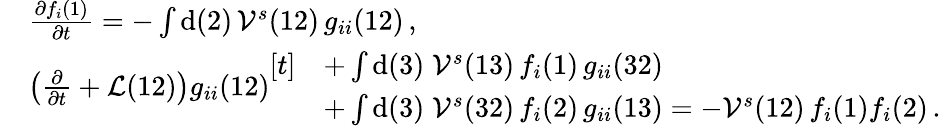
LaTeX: \begin{array}{rl}&{\frac{\partial f_{i}(1)}{\partial t}=-\int\mathrm{d}(2)\, \mathcal{V}^{s}(12)\, g_{ii}(12)\, ,}\\ &{\left(\frac{\partial}{\partial t}+\mathcal{L}(12)\right)g_{ii}(12)\begin{array}{rl}{[t]}&{+\int\mathrm{d}(3)\; \mathcal{V}^{s}(13)\, f_{i}(1)\, g_{ii}(32)}\\ &{+\int\mathrm{d}(3)\; \mathcal{V}^{s}(32)\, f_{i}(2)\, g_{ii}(13)=-\mathcal{V}^{s}(12)\, f_{i}(1)f_{i}(2)\, .}\end{array}}\end{array}